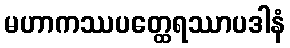
မဟာကဿပတ္ထေရဿာပဒါနံ